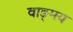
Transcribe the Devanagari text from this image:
वाङ्‍मय